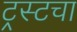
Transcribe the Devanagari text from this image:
ट्रस्टचा